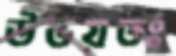
উভয়তঃ